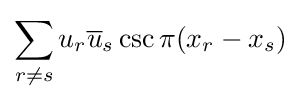
\sum _{r\neq s}u_{r}{\overline {u}}_{s}\csc \pi (x_{r}-x_{s})